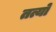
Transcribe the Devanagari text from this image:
तत्यो